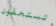
تستحقون